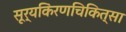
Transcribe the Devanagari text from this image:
सूर्यकिंरणचिकित्सा